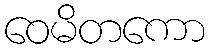
ဝေမိတကော